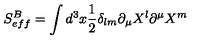
S _ { e f f } ^ { B } = \int d ^ { 3 } x \frac { 1 } { 2 } \delta _ { l m } \partial _ { \mu } X ^ { l } \partial ^ { \mu } X ^ { m }